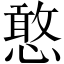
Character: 憨